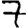
Digit: 7